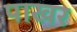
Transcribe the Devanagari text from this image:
पाखर